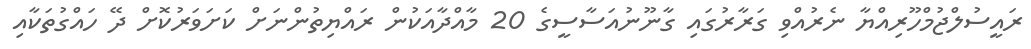
ރައީސުލްޖުމްހޫރިއްޔާ ނެރުއްވި ގަރާރުގައި ގާނޫނުއަސާސީގެ 20 މާއްދާއަކުން ރައްޔިތުންނަށް ކަށަވަރުކޮށް ދޭ ހައްގުތަކާއި